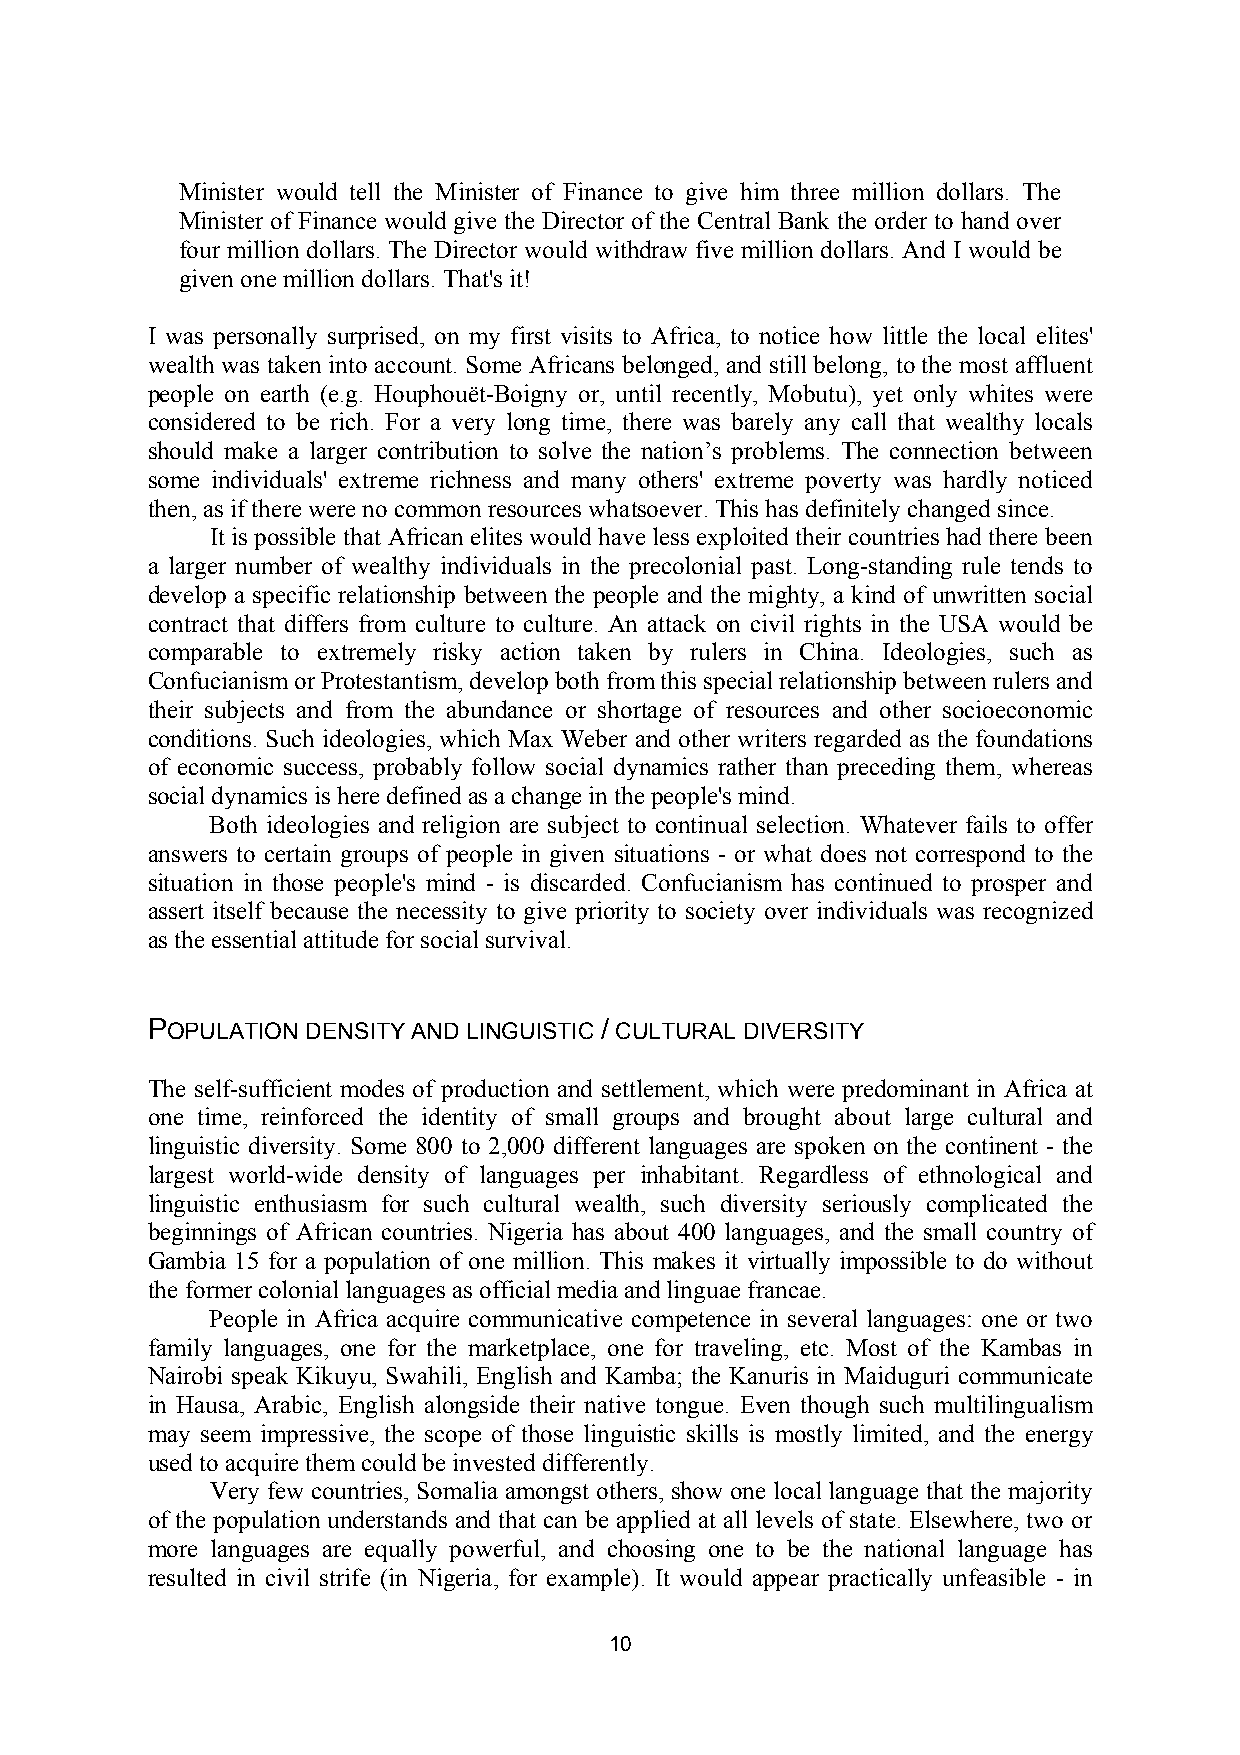
Minister would tell the Minister of Finance to give him three million dollars. The
 Minister of Finance would give the Director of the Central Bank the order to hand over
 four million dollars. The Director would withdraw five million dollars. And I would be
 given one million dollars. That's it!
 I was personally surprised, on my first visits to Africa, to notice how little the local elites'
 wealth was taken into account. Some Africans belonged, and still belong, to the most affluent
 people on earth (e.g. Houphouët-Boigny or, until recently, Mobutu), yet only whites were
 considered to be rich. For a very long time, there was barely any call that wealthy locals
 should make a larger contribution to solve the nation’s problems. The connection between
 some individuals' extreme richness and many others' extreme poverty was hardly noticed
 then, as if there were no common resources whatsoever. This has definitely changed since.
 It is possible that African elites would have less exploited their countries had there been
 a larger number of wealthy individuals in the precolonial past. Long-standing rule tends to
 develop a specific relationship between the people and the mighty, a kind of unwritten social
 contract that differs from culture to culture. An attack on civil rights in the USA would be
 comparable to extremely risky action taken by rulers in China. Ideologies, such as
 Confucianism or Protestantism, develop both from this special relationship between rulers and
 their subjects and from the abundance or shortage of resources and other socioeconomic
 conditions. Such ideologies, which Max Weber and other writers regarded as the foundations
 of economic success, probably follow social dynamics rather than preceding them, whereas
 social dynamics is here defined as a change in the people's mind.
 Both ideologies and religion are subject to continual selection. Whatever fails to offer
 answers to certain groups of people in given situations - or what does not correspond to the
 situation in those people's mind - is discarded. Confucianism has continued to prosper and
 assert itself because the necessity to give priority to society over individuals was recognized
 as the essential attitude for social survival.
 POPULATION DENSITY AND LINGUISTIC / CULTURAL DIVERSITY
 The self-sufficient modes of production and settlement, which were predominant in Africa at
 one time, reinforced the identity of small groups and brought about large cultural and
 linguistic diversity. Some 800 to 2,000 different languages are spoken on the continent - the
 largest world-wide density of languages per inhabitant. Regardless of ethnological and
 linguistic enthusiasm for such cultural wealth, such diversity seriously complicated the
 beginnings of African countries. Nigeria has about 400 languages, and the small country of
 Gambia 15 for a population of one million. This makes it virtually impossible to do without
 the former colonial languages as official media and linguae francae.
 People in Africa acquire communicative competence in several languages: one or two
 family languages, one for the marketplace, one for traveling, etc. Most of the Kambas in
 Nairobi speak Kikuyu, Swahili, English and Kamba; the Kanuris in Maiduguri communicate
 in Hausa, Arabic, English alongside their native tongue. Even though such multilingualism
 may seem impressive, the scope of those linguistic skills is mostly limited, and the energy
 used to acquire them could be invested differently.
 Very few countries, Somalia amongst others, show one local language that the majority
 of the population understands and that can be applied at all levels of state. Elsewhere, two or
 more languages are equally powerful, and choosing one to be the national language has
 resulted in civil strife (in Nigeria, for example). It would appear practically unfeasible - in
 10